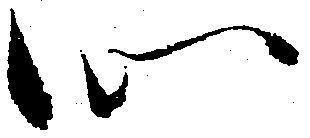
心